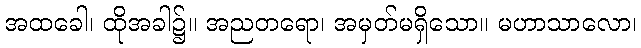
အထခေါ၊ ထိုအခါ၌။ အညတရော၊ အမှတ်မရှိသော။ မဟာသာလော၊